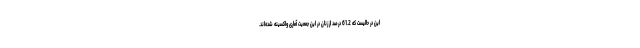
این در حالیست که 61.2 درصد از زنان در این جمعیت آماری واکسینه شده‌اند.